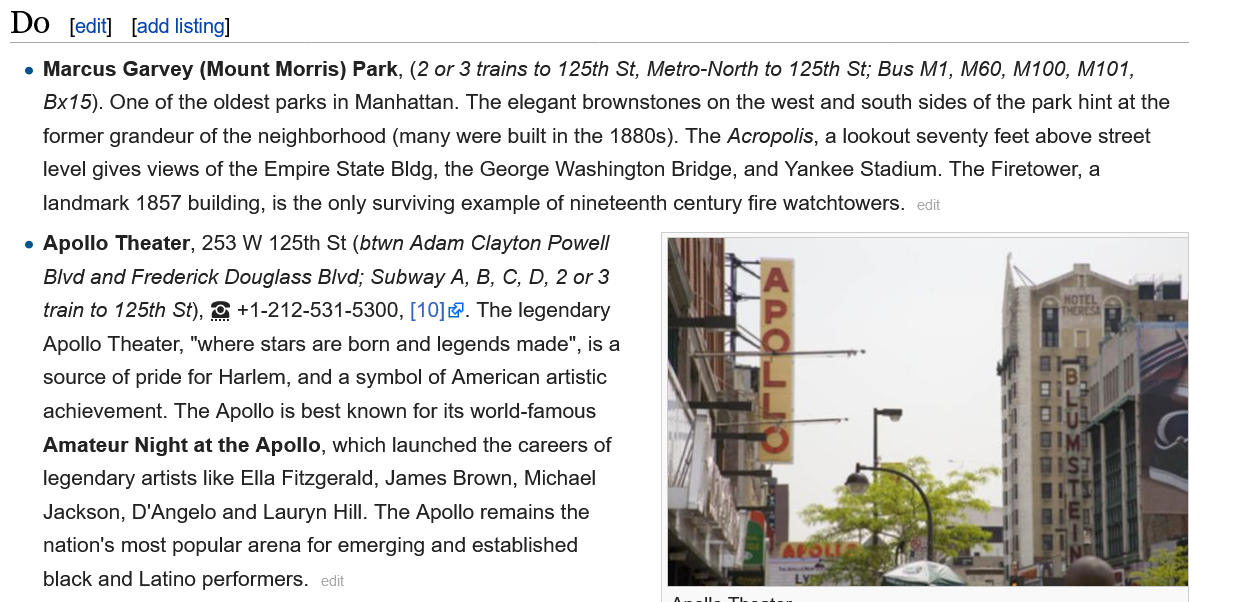
[edit] [add listing]
    Marcus  Garvey (Mount Morris) Park, (2 or 3 trains to 125th St, Metro-North to 125th St; Bus M1, M60, M100, M101,
    Bx15). One of the oldest parks in Manhattan. The elegant brownstones on the west and south sides of the park hint at the
    former grandeur of the neighborhood (many were built in the 1880s). The Acropolis, a lookout seventy feet above street
    level gives views of the Empire State Bldg, the George Washington Bridge, and Yankee Stadium. The Firetower, a
    landmark 1857 building, is the only surviving example of nineteenth century fire watchtowers.

    Apollo Theater, 253 W 125th St (btwn Adam Clayton Powell
    Blvd and Frederick Douglass Blvd; Subway A, B, C, D, 2 or 3
    train to 125th St), @ +1-212-531-5300, [10]. The legendary
    Apollo Theater, "where stars are born and legends made", is a
    source of pride for Harlem, and a symbol of American artistic
    achievement. The Apollo is best known for its world-famous
    Amateur Night at the Apollo, which launched the careers of
    legendary artists like Ella Fitzgerald, James Brown, Michael
    Jackson, D'Angelo and Lauryn Hill. The Apollo remains the
    nation's most popular arena for emerging and established
    black and Latino performers.